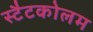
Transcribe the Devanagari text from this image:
स्टैटकोलम